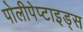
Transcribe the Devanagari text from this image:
पोलीपेप्टाइड्स